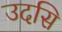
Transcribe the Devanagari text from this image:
उदसि